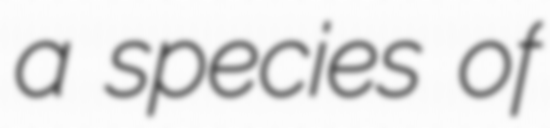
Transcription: a species of